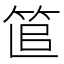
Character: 𥭱